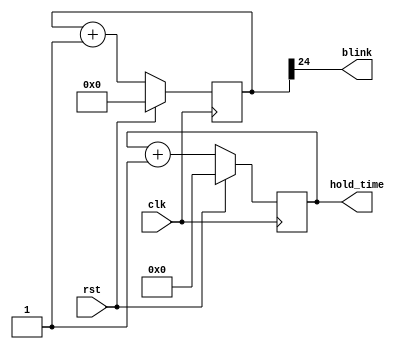
/*
   This file was generated automatically by the Mojo IDE version B1.3.4.
   Do not edit this file directly. Instead edit the original Lucid source.
   This is a temporary file and any changes made to it will be destroyed.
*/

module blinker_24 (
    input clk,
    input rst,
    output reg blink,
    output reg [26:0] hold_time
  );
  
  
  
  reg [25:0] M_counter_d, M_counter_q = 1'h0;
  
  reg [26:0] M_holder_d, M_holder_q = 1'h0;
  
  always @* begin
    M_holder_d = M_holder_q;
    M_counter_d = M_counter_q;
    
    blink = M_counter_q[24+0-:1];
    M_counter_d = M_counter_q + 1'h1;
    hold_time = M_holder_q[0+26-:27];
    M_holder_d = M_holder_q + 1'h1;
  end
  
  always @(posedge clk) begin
    if (rst == 1'b1) begin
      M_holder_q <= 1'h0;
    end else begin
      M_holder_q <= M_holder_d;
    end
  end
  
  
  always @(posedge clk) begin
    if (rst == 1'b1) begin
      M_counter_q <= 1'h0;
    end else begin
      M_counter_q <= M_counter_d;
    end
  end
  
endmodule